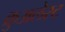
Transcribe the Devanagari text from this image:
क्रुअलेस्ट